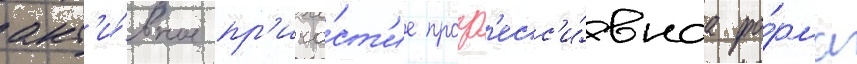
акт'и́вное пр'ича́ст'ие прогр'есс'и́внаа фо́рма